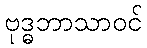
ဗုဒ္ဓဘာသာဝင်